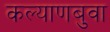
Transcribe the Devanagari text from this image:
कल्याणबुवा